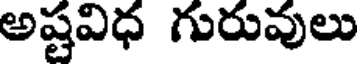
అష్టవిధ గురువులు